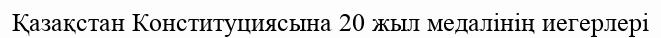
Қазақстан Конституциясына 20 жыл медалінің иегерлері